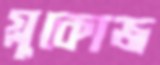
গ্লুকোজ